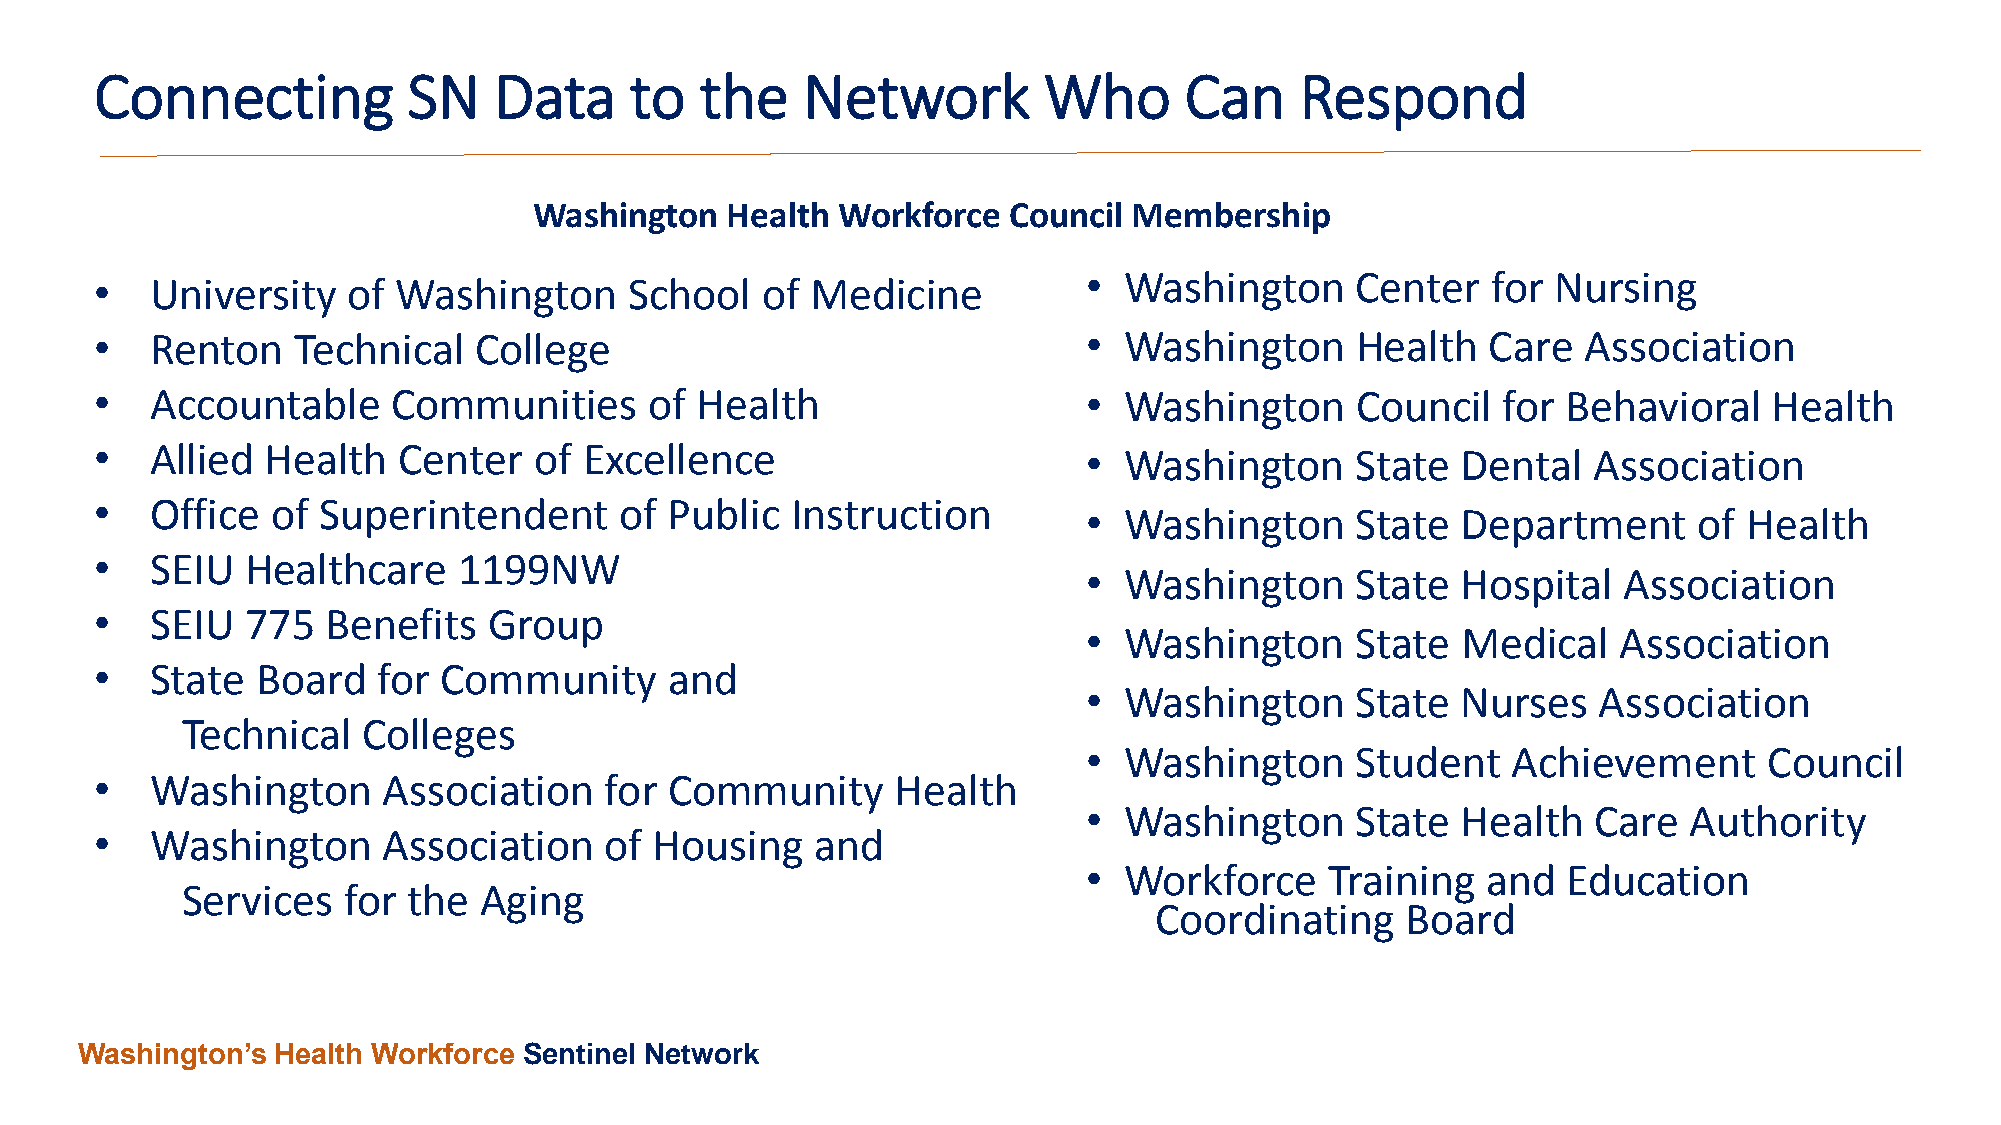
Connecting           SN    Data     to  the    Network         Who      Can     Respond
 Washington   Health Workforce   Council Membership
 •   University   of Washington      School  of  Medicine          • Washington      Center   for Nursing
 •   Renton   Technical   College                                  • Washington      Health   Care  Association
 •   Accountable     Communities      of Health                    • Washington      Council  for  Behavioral   Health
 •   Allied  Health  Center   of  Excellence                       • Washington      State  Dental  Association
 •   Office  of Superintendent      of Public  Instruction
 • Washington      State  Department     of  Health
 •   SEIU  Healthcare    1199NW
 • Washington      State  Hospital  Association
 •   SEIU  775   Benefits  Group
 • Washington      State  Medical   Association
 •   State  Board   for Community      and
 • Washington      State  Nurses   Association
 Technical   Colleges
 • Washington      Student   Achievement      Council
 •   Washington     Association    for Community      Health
 • Washington      State  Health   Care  Authority
 •   Washington     Association    of Housing    and
 • Workforce     Training  and   Education
 Services   for the  Aging
 Coordinating     Board
 Washington’s Health Workforce Sentinel Network